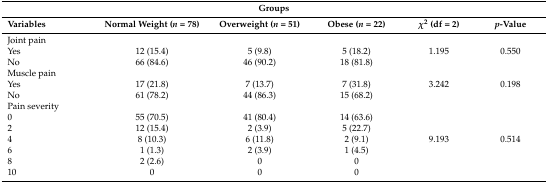
<table><thead><tr><td colspan="6"><b>Groups</b></td></tr><tr><td><b>Variables</b></td><td><b>Normal Weight (<i>n</i> = 78)</b></td><td><b>Overweight (<i>n</i> = 51)</b></td><td><b>Obese (<i>n</i> = 22)</b></td><td><b><i>χ</i><sup>2</sup> (df = 2)</b></td><td><b><i>p</i>-Value</b></td></tr></thead><tbody><tr><td>Joint painYesNo</td><td>12 (15.4)66 (84.6)</td><td>5 (9.8)46 (90.2)</td><td>5 (18.2)18 (81.8)</td><td>1.195</td><td>0.550</td></tr><tr><td>Muscle painYesNo</td><td>17 (21.8)61 (78.2)</td><td>7 (13.7)44 (86.3)</td><td>7 (31.8)15 (68.2)</td><td>3.242</td><td>0.198</td></tr><tr><td>Pain severity0246810</td><td>55 (70.5)12 (15.4)8 (10.3)1 (1.3)2 (2.6)0</td><td>41 (80.4)2 (3.9)6 (11.8)2 (3.9)00</td><td>14 (63.6)5 (22.7)2 (9.1)1 (4.5)00</td><td>9.193</td><td>0.514</td></tr></tbody></table>